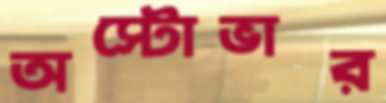
অস্টোভার